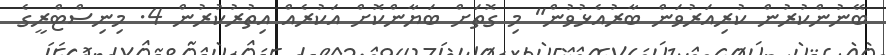
ބޭނުންކުރުން ކުރިއަރުވަން ބާރުއެޅުވުން" މި ގޮތަށް ބަޔާންކޮށް އަކުރެއް އިތުރުކުރުން 4. މިނިސްޓްރީގެ